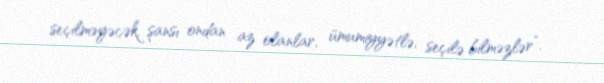
seçilməyəcək, şansı ondan az olanlar, ümumiyyətlə, seçilə bilməzlər”.